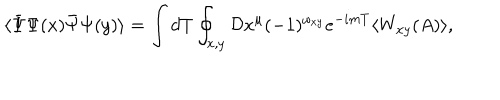
LaTeX: \langle \bar { \Psi } \Psi ( x ) \bar { \Psi } \Psi ( y ) \rangle = \int d T \oint _ { x , y } { \cal D } x ^ { \mu } ( - 1 ) ^ { \omega _ { x y } } e ^ { - i m T } \langle W _ { x y } ( A ) \rangle ,